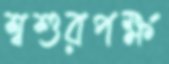
শ্বশুরপক্ষ